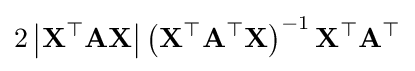
2\left|\mathbf {X^{\top }} \mathbf {A} \mathbf {X} \right|\left(\mathbf {X^{\top }A^{\top }X} \right)^{-1}\mathbf {X^{\top }A^{\top }}